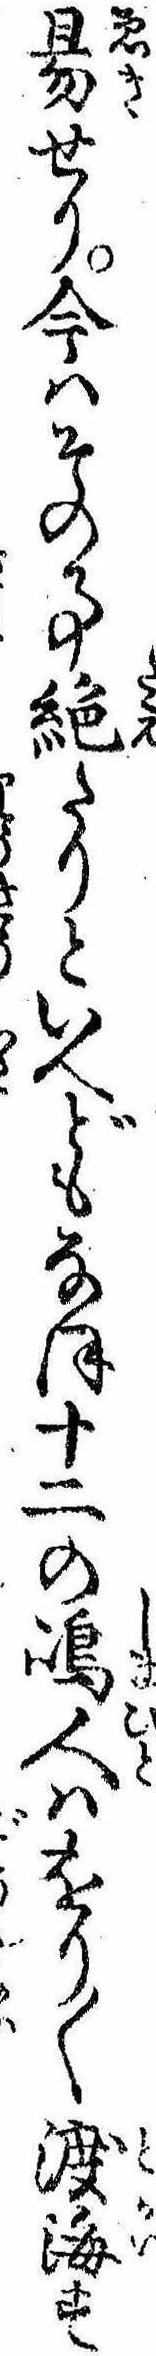
易せり今はその事絶たりといへどもなほ十二の島人はをり〱渡海す